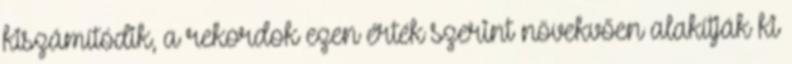
kiszámítódik, a rekordok ezen érték szerint növekvően alakítják ki